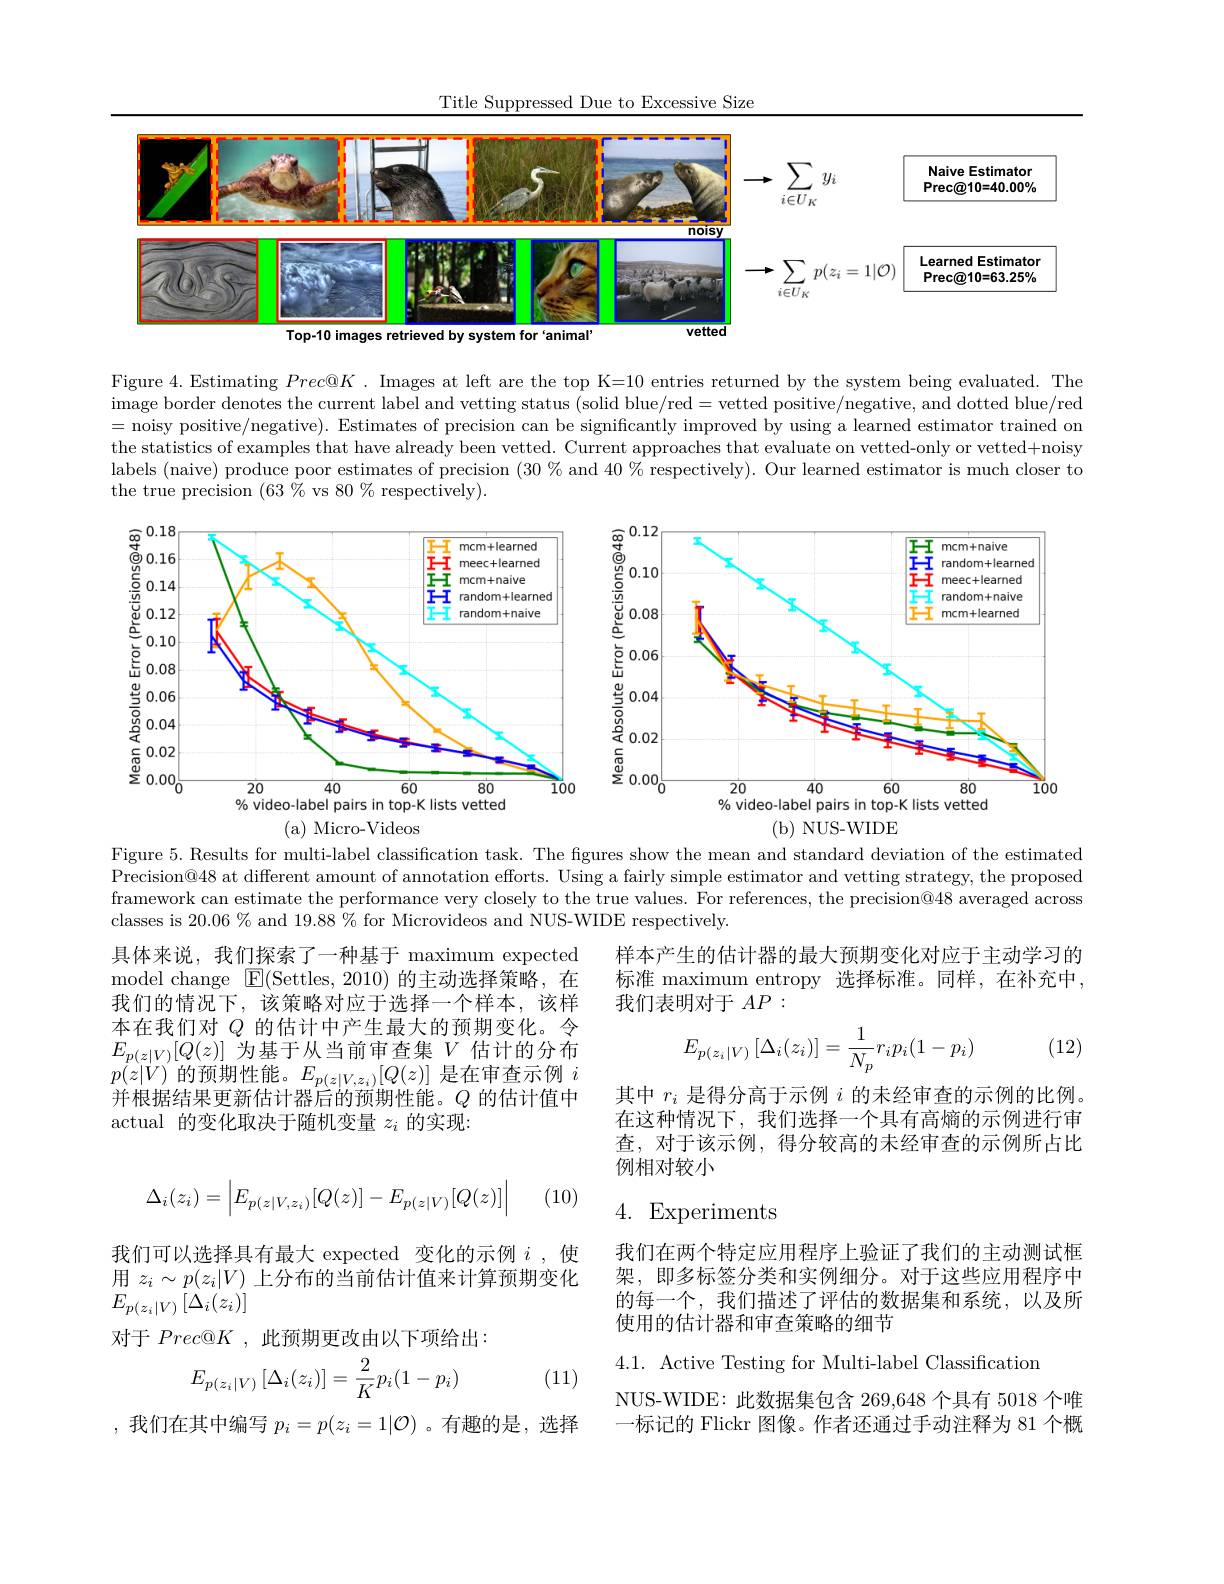
Title Suppressed Due to Excessive Size

<FigureHere>

Figure 4. Estimating $Prec@K.$ Images at left are the top K=10 entries returned by the system being evaluated. The image border denotes the current label and vetting status (solid blue/red = vetted positive/negative, and dotted blue/red =noisy positive/negative). Estimates of precision can be significantly improved by using a learned estimator trained on the statistics of examples that have already been vetted. Current approaches that evaluate on vetted-only or vetted+noisy labels (naive) produce poor estimates of precision $(30\%$ and $40\%$ respectively). Our learned estimator is much closer to the true precision $(63\%$vs 80% respectively).

<FigureHere>

( a) Micro- Videos
( b) NUS- WIDE

Figure 5. Results for multi-label classification task. The figures show the mean and standard deviation of the estimated Precision@48 at different amount of annotation efforts. Using a fairly simple estimator and vetting strategy, the proposed framework can estimate the performance very closely to the true values. For references, the precision@48 averaged across classes is 20.06 % and 19.88 % for Microvideos and NUS-WIDE respectively.

样本产生的估计器的最大预期变化对应于主动学习的标准 maximum entropy 选择标准。同样，在补充中， 我们表明对于$AP:$

具体来说，我们探索了一种基于 maximum expected model change $\boxed{\mathrm{E}}($Settles,2010)的主动选择策略，在我们的情况下，该策略对应于选择一个样本，该样本在我们对$Q$ 的估计中产生最大的预期变化。令$E_{p(z|V)}[Q(z)]$为基于从当前审查集$V$估计的分布$p(z|V)$的预期性能。$E_p(z|V,z_i)[Q(z)]$是在审查示例$i$ 并根据结果更新估计器后的预期性能。$Q$的估计值中actual 的变化取决于随机变量$z_i$的实现：

(12)
$$E_{p(z_i|V)}\left[\Delta_i(z_i)\right]=\frac{1}{N_p}r_ip_i(1-p_i)$$
其中$r_i$是得分高于示例$i$的未经审查的示例的比例。在这种情况下，我们选择一个具有高熵的示例进行审查，对于该示例，得分较高的未经审查的示例所占比例相对较小
$$\Delta_i(z_i)=\left|E_{p(z|V,z_i)}[Q(z)]-E_{p(z|V)}[Q(z)]\right|$$
(10)

4. Experiments

我们在两个特定应用程序上验证了我们的主动测试框架，即多标签分类和实例细分。对于这些应用程序中的每一个，我们描述了评估的数据集和系统，以及所使用的估计器和审查策略的细节

我们可以选择具有最大 expected 变化的示例$i$ ,使用$z_i\sim p(z_i|V)$上分布的当前估计值来计算预期变化$E_{p(z_i|V)}\left[\Delta_i(z_i)\right]$
对于$Prec@K$ ,此预期更改由以下项给出：

4.1. Active Testing for Multi-label Classification

(11)
$$E_{p(z_i|V)}\left[\Delta_i(z_i)\right]=\frac{2}{K}p_i(1-p_i)$$
NUS-WIDE:此数据集包含 269,648 个具有 5018 个唯-标记的 Flickr 图像。作者还通过手动注释为 81 个概

我们在其中编写$p_i=p(z_i=1|\mathcal{O})$ 。有趣的是，选择